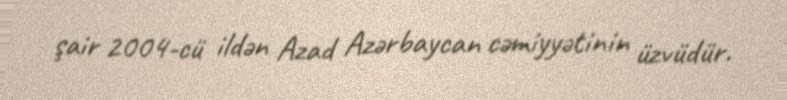
şair 2004-cü ildən Azad Azərbaycan cəmiyyətinin üzvüdür.